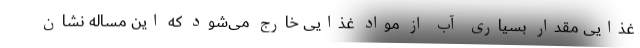
غذایی مقدار بسیاری آب از مواد غذایی خارج می‌شود که این مساله نشان